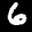
Label: 6